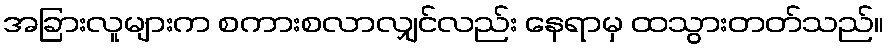
အခြားလူများက စကားစလာလျှင်လည်း နေရာမှ ထသွားတတ်သည်။